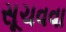
સૂચવવા